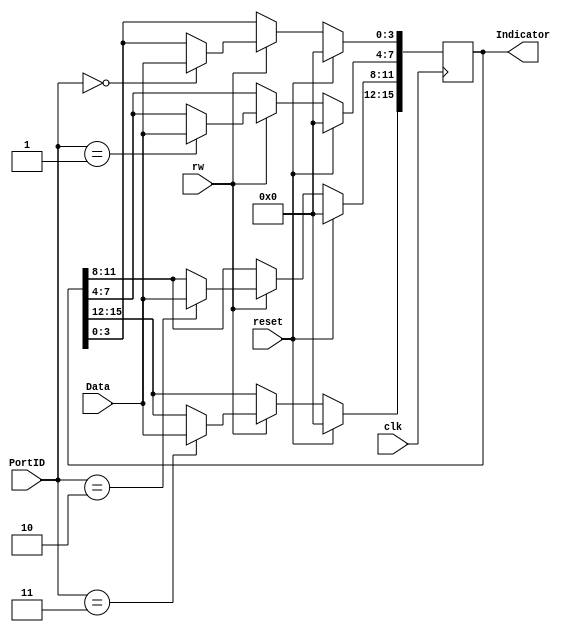
module DataOutput ( input	    	 	clk,
					input	    	 	reset,
					input	    	 	rw,
					input     	[3:0]  	Data,
					input     	[1:0]  	PortID,
					output reg 	[15:0] 	Indicator );
					
always @ (posedge clk)
	if(reset) Indicator <= 16'b0;
	else 
	if(rw)
	
		case(PortID)
			0: Indicator[3:0]   <= Data;
			1: Indicator[7:4]   <= Data;
			2: Indicator[11:8]  <= Data;
			3: Indicator[15:12] <= Data;
		endcase

endmodule